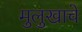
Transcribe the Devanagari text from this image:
मुलुखाचे